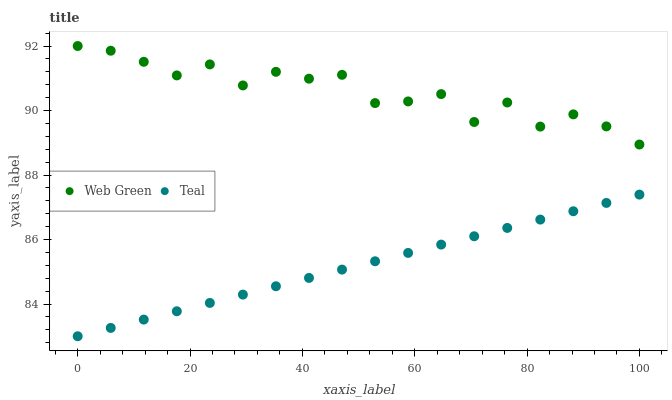
| xaxis_label | Web Green | Teal |
 | --- | --- | --- |
 | 0 | 92 | 83 |
 | 5.88 | 91.9 | 83.3 |
 | 11.8 | 91.5 | 83.5 |
 | 17.6 | 91.1 | 83.8 |
 | 23.5 | 91.4 | 84 |
 | 29.4 | 90.8 | 84.3 |
 | 35.3 | 91.2 | 84.6 |
 | 41.2 | 91 | 84.8 |
 | 47.1 | 91.1 | 85.1 |
 | 52.9 | 90.2 | 85.3 |
 | 58.8 | 90.3 | 85.6 |
 | 64.7 | 90.5 | 85.8 |
 | 70.6 | 89.6 | 86.1 |
 | 76.5 | 90.2 | 86.4 |
 | 82.4 | 89.5 | 86.6 |
 | 88.2 | 89.9 | 86.9 |
 | 94.1 | 89.5 | 87.1 |
 | 100 | 88.9 | 87.4 |